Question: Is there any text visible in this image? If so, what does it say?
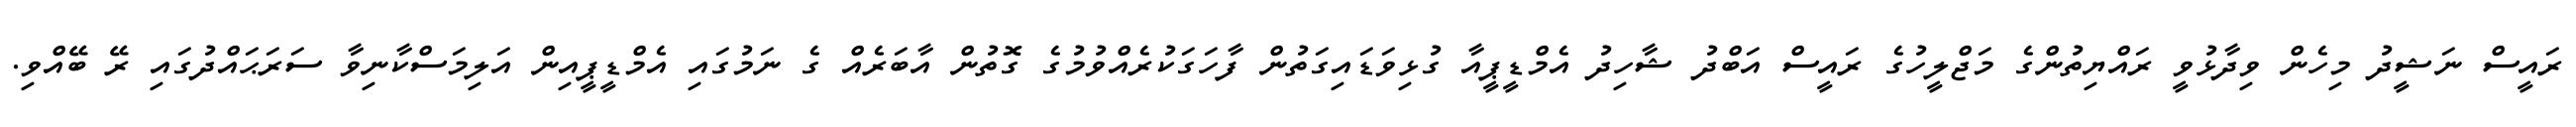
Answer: ރައީސް ނަޝީދު މިހެން ވިދާޅުވީ ރައްޔިތުންގެ މަޖްލީހުގެ ރައީސް އަބްދު ޝާހިދު އެމްޑީޕީއާ ގުޅިވަޑައިގަތުން ފާހަގަކުރެއްވުމުގެ ގޮތުން އާބަރެއް ގެ ނަމުގައި އެމްޑީޕީއިން އަލިމަސްކާނިވާ ސަރަޙައްދުގައި ރޭ ބޭއްވި.